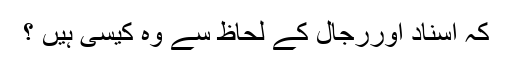
کہ اسناد اوررجال کے لحاظ سے وہ کیسی ہیں ؟